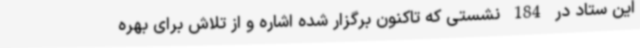
این ستاد در 184 نشستی که تاکنون برگزار شده اشاره و از تلاش برای بهره